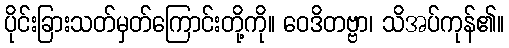
ပိုင်းခြားသတ်မှတ်ကြောင်းတို့ကို။ ဝေဒိတဗ္ဗာ၊ သိအပ်ကုန်၏။